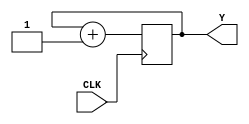
module counter4 ( CLK, Y ); 

input CLK; 
output reg [3:0] Y; 
always@(posedge CLK) 

begin 
	Y <= Y + 1; 
end 
	
endmodule